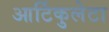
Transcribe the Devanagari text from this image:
आर्टिकुलेटा